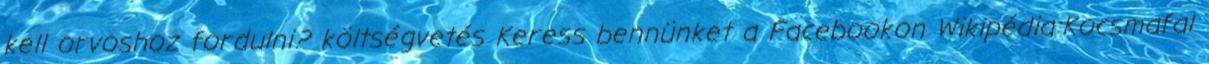
kell orvoshoz fordulni? költségvetés Keress bennünket a Facebookon Wikipédia:Kocsmafal